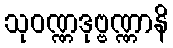
သုဝဏ္ဏဒုဗ္ဗဏ္ဏာနိ